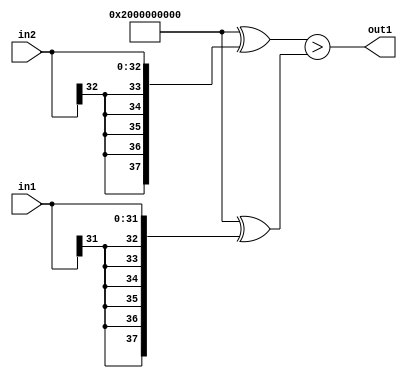
`timescale 1ps / 1ps
/*****************************************************************************
    Verilog RTL Description
    
    
    Created by: Stratus DpOpt 2019.1.01 
*******************************************************************************/

module avg_pool_GreaterThan_33Sx32S_1U_4 (
	in2,
	in1,
	out1
	); /* architecture "behavioural" */ 
input [32:0] in2;
input [31:0] in1;
output  out1;
wire  asc001;

assign asc001 = ((38'B10000000000000000000000000000000000000 ^ {{5{in2[32]}}, in2})>(38'B10000000000000000000000000000000000000
    ^ {{6{in1[31]}}, in1}));

assign out1 = asc001;
endmodule

/* CADENCE  uLX3TQg= : u9/ySgnWtBlWxVPRXgAZ4Og= ** DO NOT EDIT THIS LINE ******/